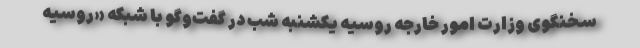
سخنگوی وزارت امور خارجه روسیه یکشنبه شب در گفت‌وگو با شبکه «روسیه